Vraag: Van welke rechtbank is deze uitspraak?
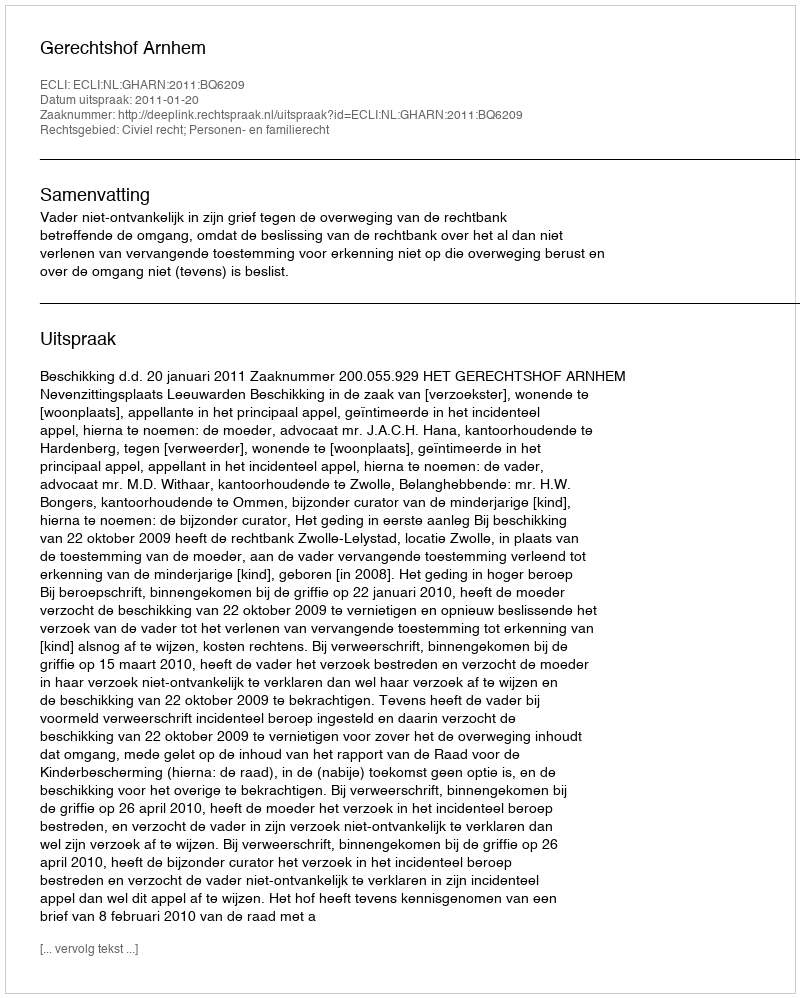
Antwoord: Gerechtshof Arnhem